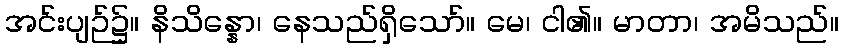
အင်းပျဉ်၌။ နိသိန္နော၊ နေသည်ရှိသော်။ မေ၊ ငါ၏။ မာတာ၊ အမိသည်။